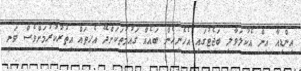
އިންޑިއާ އިން އެކުލަވާލި ބަޖެޓުގައި އެހެނިހެން ބައެއް ގައުމުތަކަށްދޭ އެހީތައް އިތުރުކުރުމަށްވެސް ވަނީ